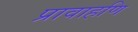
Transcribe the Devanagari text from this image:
प्रावाहणि